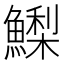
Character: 𩻌